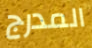
المدرج